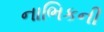
નાભિકની